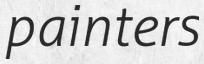
painters